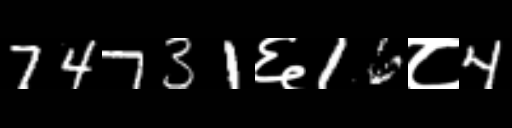
Text: 74731६16८4